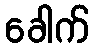
ခေါက်